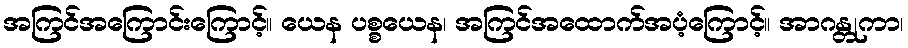
အကြင်အကြောင်းကြောင့်။ ယေန ပစ္စယေန၊ အကြင်အထောက်အပံ့ကြောင့်။ အာဂန္တုကာ၊